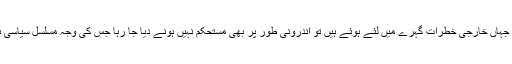
پاکستان کو جہاں خارجی خطرات گہرے میں لئے ہوئے ہیں تو اندرونی طور پر بھی مستحکم نہیں ہونے دیا جا رہا جس کی وجہ مسلسل سیاسی بحران ہے ۔